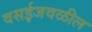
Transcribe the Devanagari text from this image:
वसईजवळील